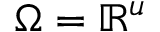
\Omega = \mathbb { R } ^ { u }